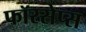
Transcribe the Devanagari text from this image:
फॉरसेप्स